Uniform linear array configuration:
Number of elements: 24
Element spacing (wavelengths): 1
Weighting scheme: cosine
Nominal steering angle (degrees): -45
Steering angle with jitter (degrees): -45.922
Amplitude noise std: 0.05
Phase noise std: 0.05

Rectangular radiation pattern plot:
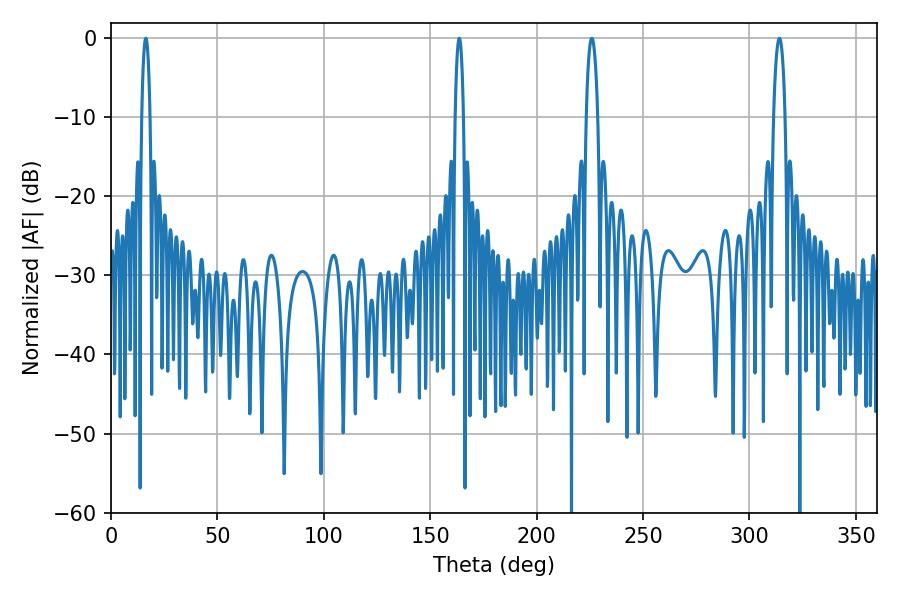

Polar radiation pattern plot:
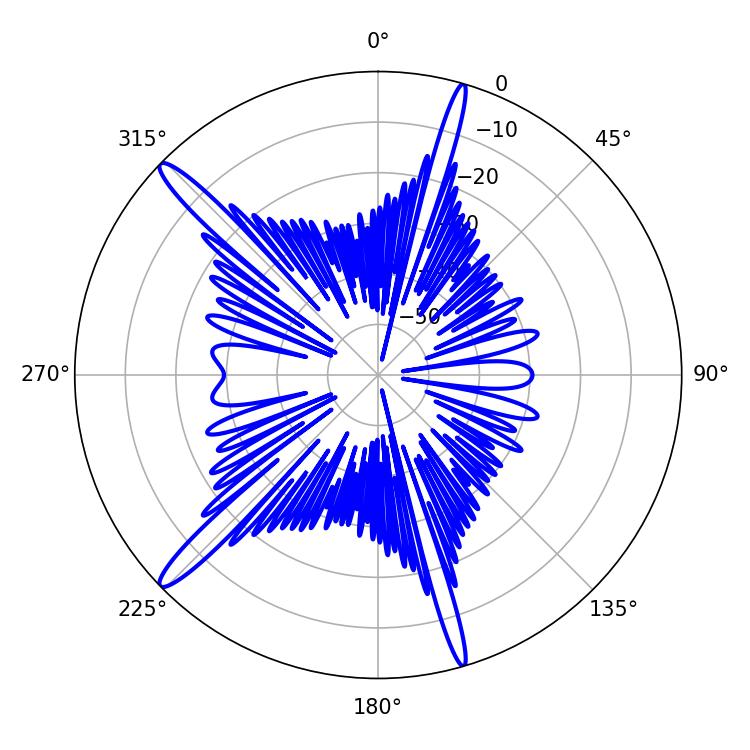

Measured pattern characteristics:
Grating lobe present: TRUE
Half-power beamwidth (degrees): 3.06
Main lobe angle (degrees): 225.9